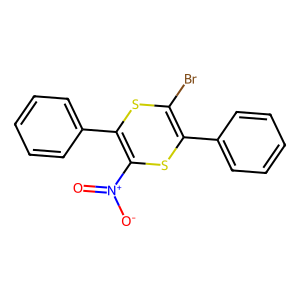
SMILES: O=[N+]([O-])C1=C(c2ccccc2)SC(Br)=C(c2ccccc2)S1
Inhibits HIV replication: No